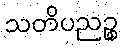
သတိပညဉ္စ